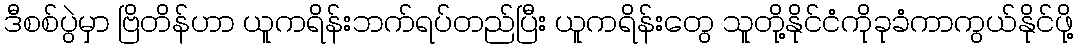
ဒီစစ်ပွဲမှာ ဗြိတိန်ဟာ ယူကရိန်းဘက်ရပ်တည်ပြီး ယူကရိန်းတွေ သူတို့နိုင်ငံကိုခုခံကာကွယ်နိုင်ဖို့